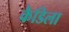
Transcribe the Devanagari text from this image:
कैडिला